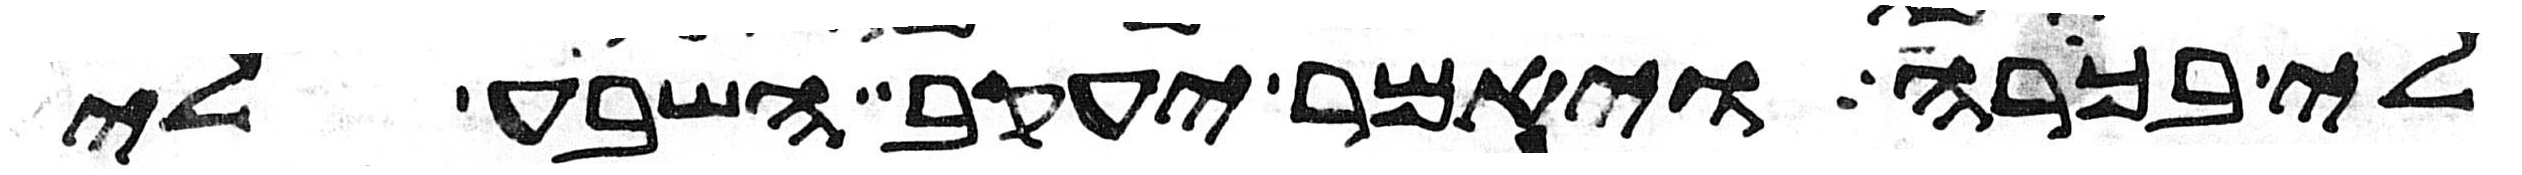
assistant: לי בכורה ויאמר יעקב השבע לי